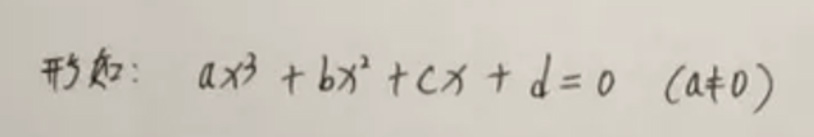
形式如：\(ax^{3}+bx^{2}+cx + d = 0\quad(a\neq0)\)